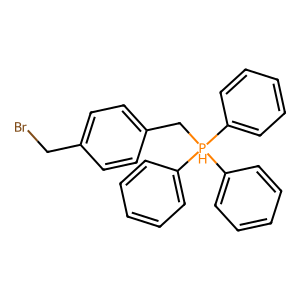
SMILES: BrCc1ccc(C[PH](c2ccccc2)(c2ccccc2)c2ccccc2)cc1
Inhibits HIV replication: No